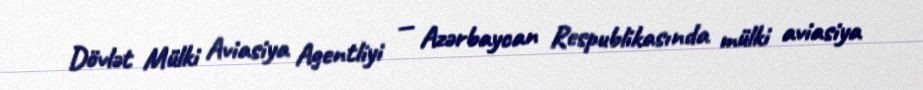
Dövlət Mülki Aviasiya Agentliyi — Azərbaycan Respublikasında mülki aviasiya